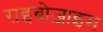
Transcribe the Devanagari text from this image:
राइबोज़ाइम